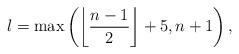
LaTeX: \begin{align*}l=\max\left(\left\lfloor\frac{n-1}2\right\rfloor+5,n+1\right),\end{align*}